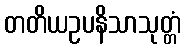
တတိယဥပနိသာသုတ္တံ